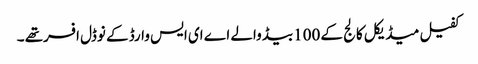
کفیل میڈیکل کالج کے 100بیڈ والے اے ای ایس وارڈ کے نوڈل افسرتھے ۔